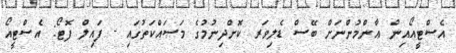
އެސްޓީއޯއިން ޢާންމުންނަށް ބޭސް ޑެލިވަރ ކޮށްދިނުމުގެ މަސައްކަތުގައި - ފައިލް ފޮޓޯ: އެސްޓީއޯ